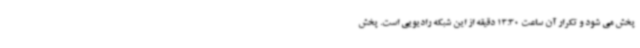
پخش می شود و تکرار آن ساعت 13:30 دقیقه از این شبکه رادیویی است. پخش